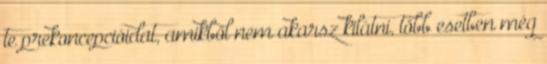
te prekoncepcióidat, amikből nem akarsz kilátni, több esetben még